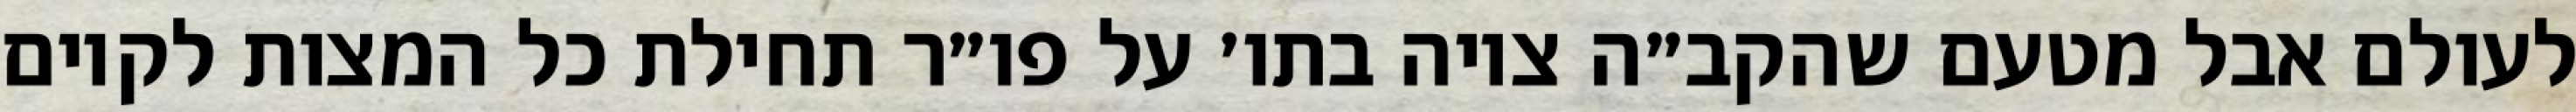
לעולם אבל מטעם שהקב״ה ציוה בתו׳ על פו״ר תחילת כל המצות לקיום